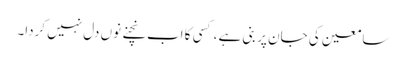
سامعین کی جان پر بنی ہے ، کسی کا اب نچنے نوں دل نہیں کردا۔